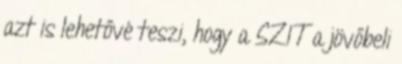
azt is lehetővé teszi, hogy a SZIT a jövőbeli